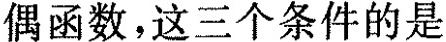
偶函数，这三个条件的是 ()